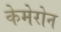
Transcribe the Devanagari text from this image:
केमेरोन